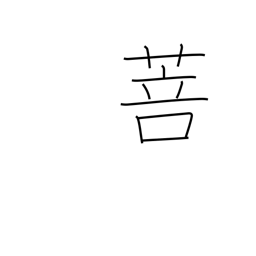
Meaning: kind of grass